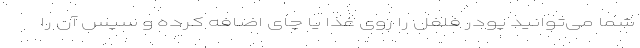
شما می‌توانید پودر فلفل را روی غذا یا چای اضافه کرده و سپس آن را